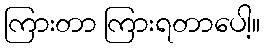
ကြားတာ ကြားရတာပေါ့။